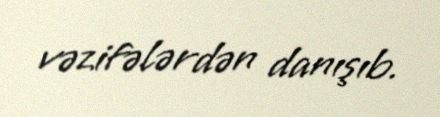
vəzifələrdən danışıb.